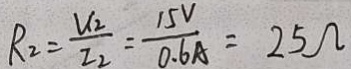
R _ { 2 } = \frac { U _ { 2 } } { I _ { 2 } } = \frac { 1 5 V } { 0 . 6 A } = 2 5 \Omega